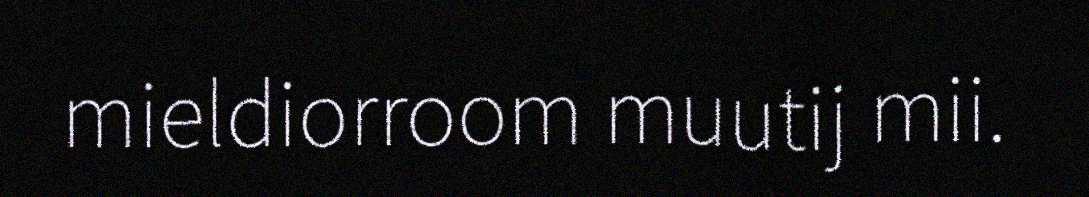
mieldiorroom muutij mii.